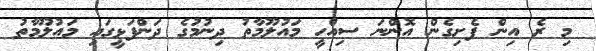
މި ރެ އިން ފެށިގެން އޮންނަ ސިއްހީ މައުލޫމާތު ދިނުމުގެ ދަންފަޅީގައި މައުލޫމާތު